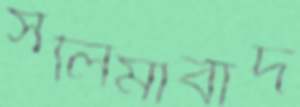
সলিমাবাদ